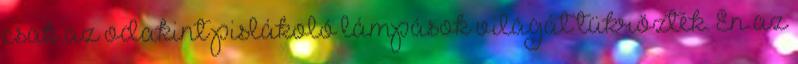
csak az odakint pislákoló lámpások világát tükrözték. Én az